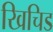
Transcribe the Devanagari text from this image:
खिचिड